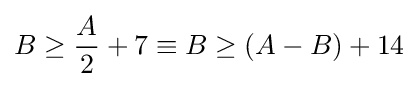
B\geq {\frac {A}{2}}+7\equiv B\geq (A-B)+14